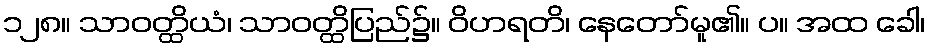
၁၂၈။ သာဝတ္ထိယံ၊ သာဝတ္ထိပြည်၌။ ဝိဟရတိ၊ နေတော်မူ၏။ ပ။ အထ ခေါ၊